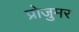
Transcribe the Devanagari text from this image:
प्रोजुमर